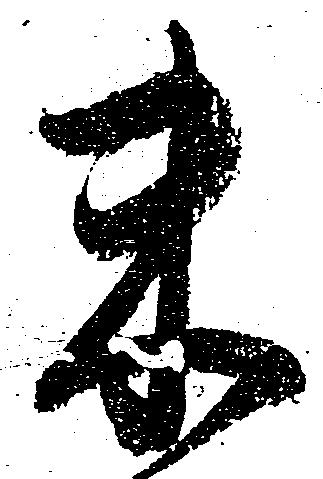
米